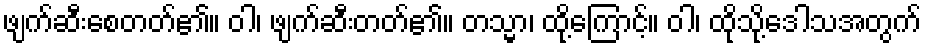
ဖျက်ဆီးစေတတ်၏။ ဝါ၊ ဖျက်ဆီးတတ်၏။ တသ္မာ၊ ထို့ကြောင့်။ ဝါ၊ ထိုသို့ဒေါသအတွက်